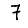
Digit: 7